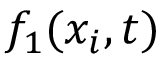
f _ { 1 } ( x _ { i } , t )